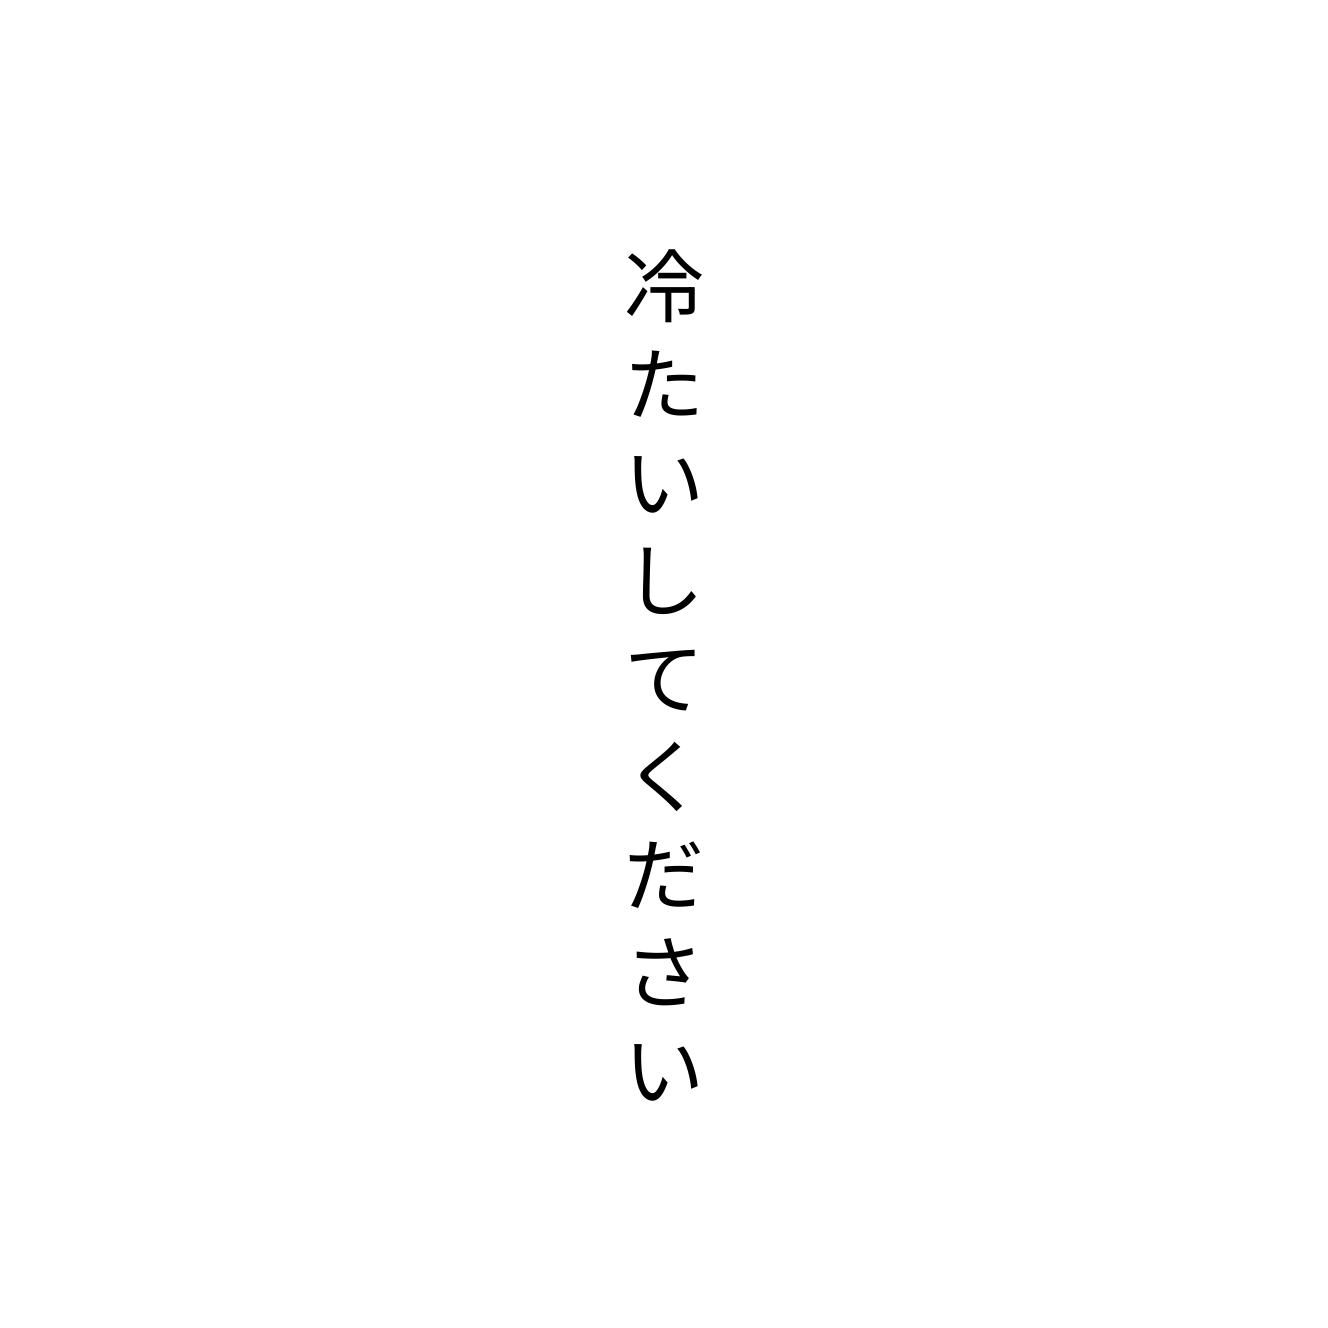
冷たいしてください